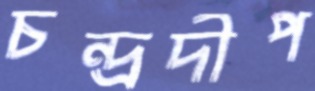
চন্দ্রদীপ